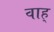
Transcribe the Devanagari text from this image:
वाह्‌